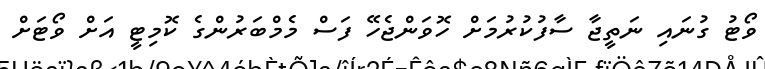
ވޯޓު ގުނައި ނަތީޖާ ސާފުކުރުމަށް ހޮވަންޖެހޭ ފަސް މެމްބަރުންގެ ކޮމިޓީ އަށް ވޯޓަށް